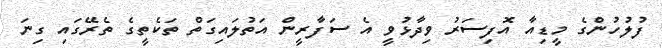
ފުލުހުންގެ މީޑިއާ އޮފިސަރު ވިދާޅުވީ އެ ސަފާރީން އަތުލައިގަތް ތަކެތީގެ ތެރޭގައި ގިނަ